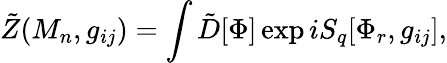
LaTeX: \tilde{Z}(M_{n},g_{ij})=\int\tilde{D}[\Phi]\exp iS_{q}[\Phi_{r},g_{ij}],